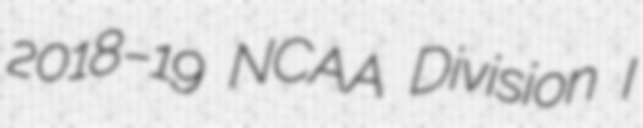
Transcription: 2018–19 NCAA Division I